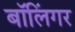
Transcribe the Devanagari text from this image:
बॉलिंगर